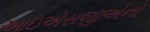
આઇએસજીએનો